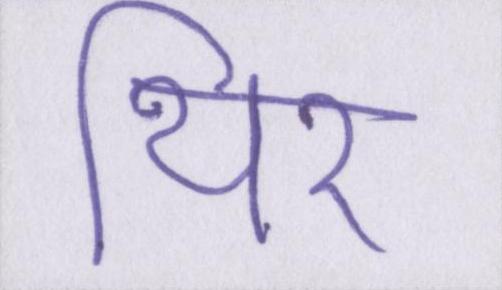
थिर